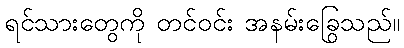
ရင်သားတွေကို တင်ဝင်း အနမ်းခြွေသည်။